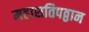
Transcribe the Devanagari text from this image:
महासतिपठ्ठान